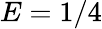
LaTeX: E=1/4